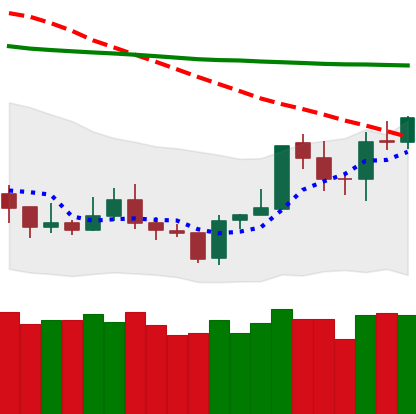
Ticker: TRX-USD
Chart end date: 2020-01-12
Forward return: 17.962%
Label: up_7plus